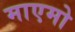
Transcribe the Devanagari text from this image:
माएमो